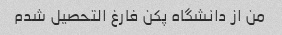
من از دانشگاه پکن فارغ التحصیل شدم